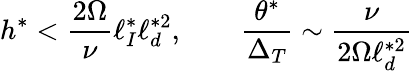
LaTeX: h^{*}<\frac{2\Omega}{\nu}\ell_{I}^{*}\ell_{d}^{*2},\qquad\frac{\theta^{*}}{\Delta_{T}}\sim\frac{\nu}{2\Omega\ell_{d}^{*2}}